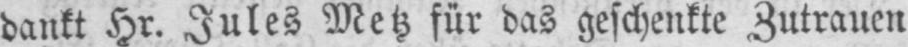
dankt Hr. Jules Metz für das geschenkte Zutrauen